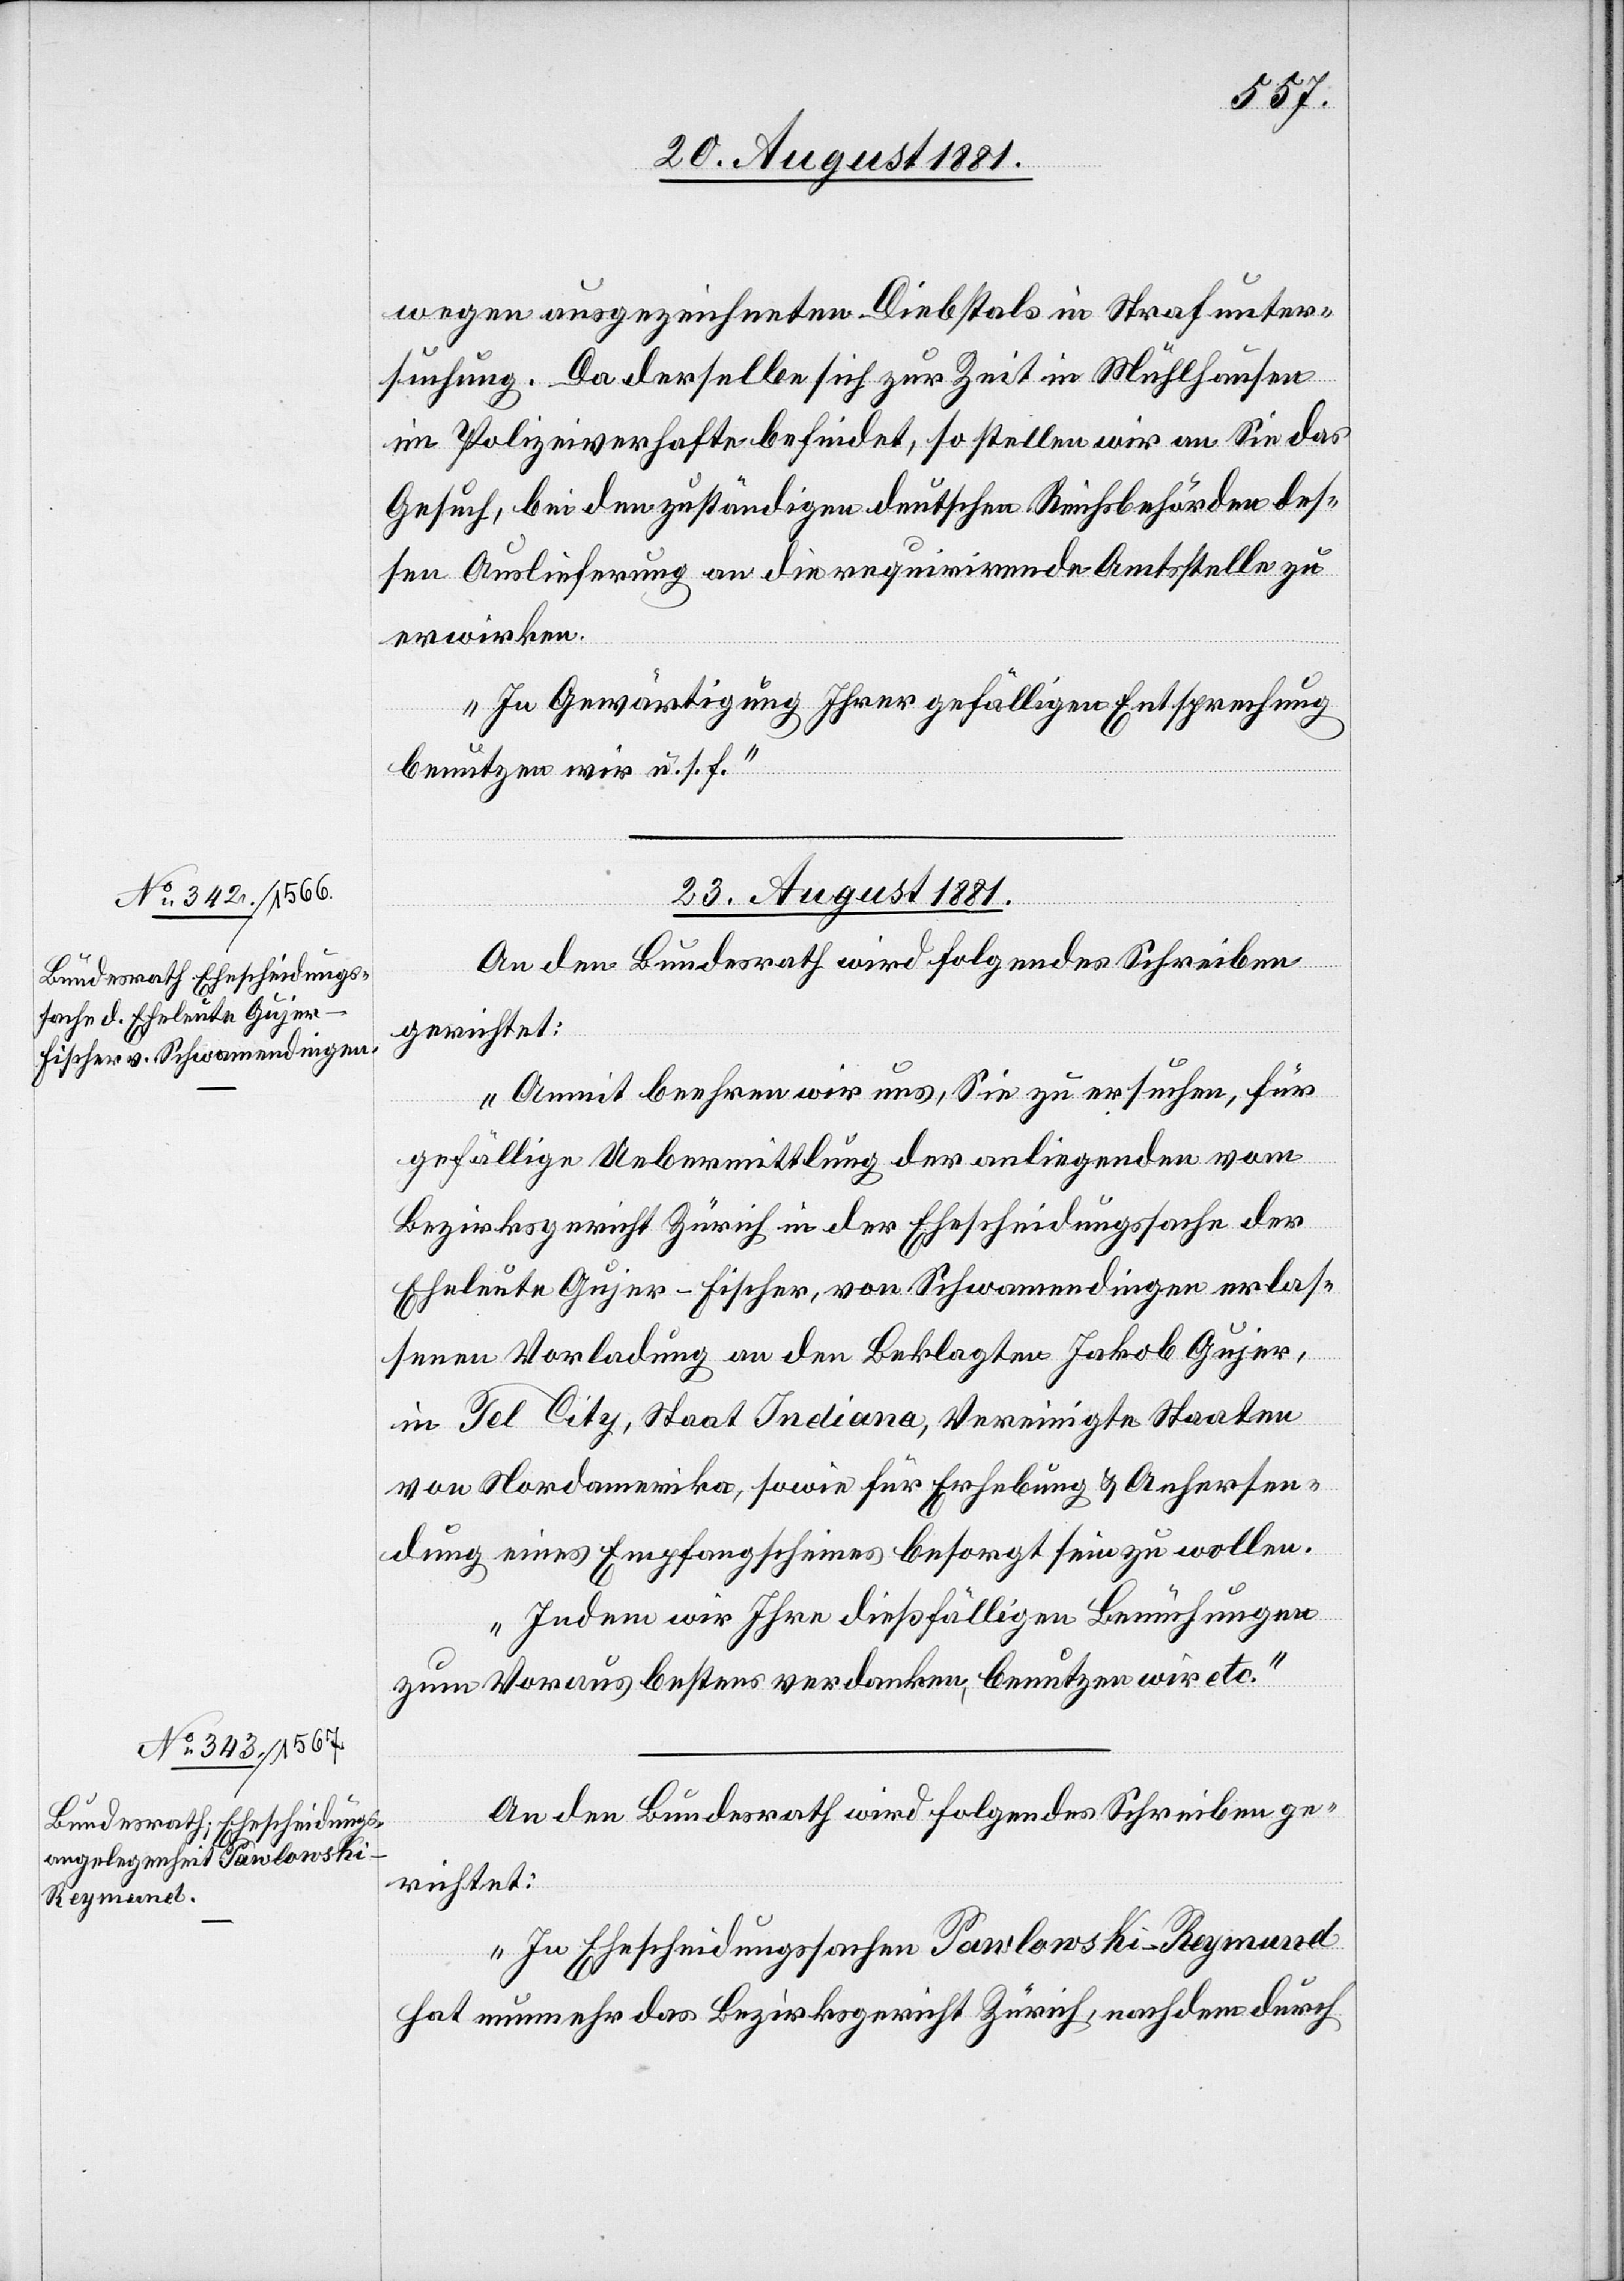
wegen ausgezeichneten Diebstals in Strafunter¬
suchung. Da derselbe sich zur Zeit in Mühlhausen
im Polizeihafte befindet, so stellen wir an Sie das
Gesuch, bei den zuständigen deutschen Reichsbehörden des¬
sen Auslieferung an die requirirende Amtsstelle zu
erwirken.
In Gewärtigung Ihrer gefälligen Entsprechung
benutzen wir u. s. f.“
23. August 1881.]
An den Bundesrath wird folgendes Schreiben
gerichtet:
„Anmit beehren wir uns, Sie zu ersuchen, für
gefällige Uebermittlung der anliegenden vom
Bezirksgericht Zürich in der Ehescheidungssache der
Eheleute Gujer-Fischer, von Schwamendingen erlas¬
senen Vorladung an den Beklagten Jakob Gujer,
in Tel City, Staat Indiana, Vereinigte Staaten
von Nordamerika, sowie für Erhebung & Anhersen¬
dung eines Empfangscheines besorgt sein zu wollen.
Indem wir Ihre dießfälligen Bemühungen
zum Voraus bestens verdanken, benutzen wir etc.“
„In Ehescheidungssachen Pawlowski-Reymond
hat nunmehr das Bezirksgericht Zürich, nachdem durch